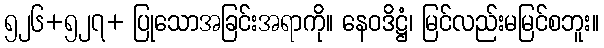
၅၂၆+၅၂၇+ ပြုသောအခြင်းအရာကို။ နေဝဒိဋ္ဌံ၊ မြင်လည်းမမြင်စဘူး။